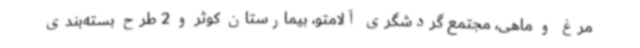
مرغ و ماهی، مجتمع گردشگری آلامتو، بیمارستان کوثر و 2 طرح بسته‌بندی